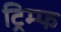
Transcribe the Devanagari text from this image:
ट्रिम्फ